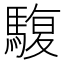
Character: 䮡